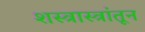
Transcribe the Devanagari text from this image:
शस्त्रास्त्रांतून